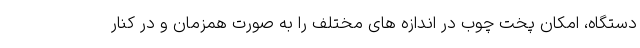
دستگاه، امکان پخت چوب در اندازه های مختلف را به صورت همزمان و در کنار